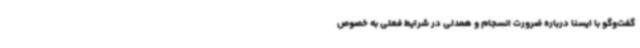
گفت‌وگو با ایسنا درباره ضرورت انسجام و همدلی در شرایط فعلی به خصوص